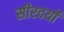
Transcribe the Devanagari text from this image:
सीरदर्यो